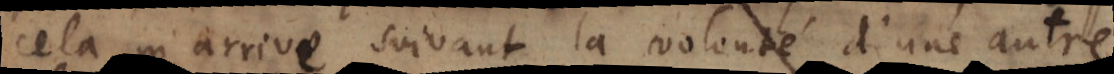
cela m’arrive suivant la volonté d’une autre